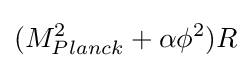
(M_{Planck}^{2}+\alpha \phi ^{2})R